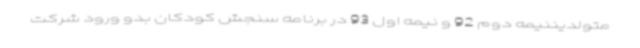
متولدیننیمه دوم 92 و نیمه اول 93 در برنامه سنجش کودکان بدو ورود شرکت